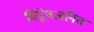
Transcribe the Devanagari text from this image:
विद्वेषजनित